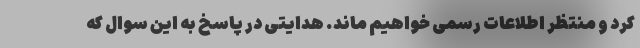
کرد و منتظر اطلاعات رسمی خواهیم ماند. هدایتی در پاسخ به این سوال که